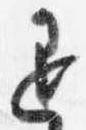
退